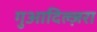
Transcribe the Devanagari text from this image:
गुआदिल्ज़रा